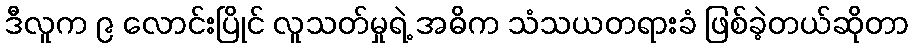
ဒီလူက ၉ လောင်းပြိုင် လူသတ်မှုရဲ့ အဓိက သံသယတရားခံ ဖြစ်ခဲ့တယ်ဆိုတာ